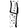
Digit: 4